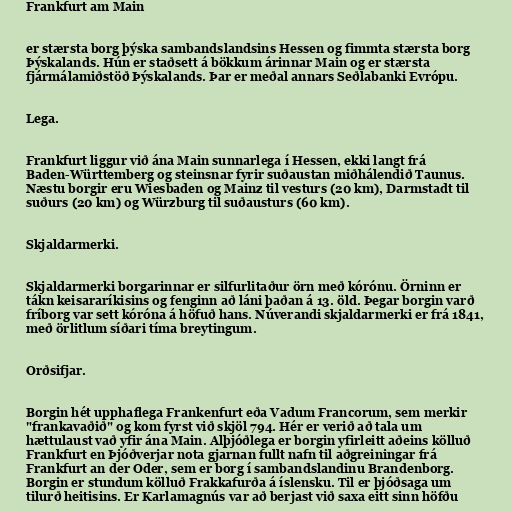
Frankfurt am Main

er stærsta borg þýska sambandslandsins Hessen og fimmta stærsta borg
Þýskalands. Hún er staðsett á bökkum árinnar Main og er stærsta
fjármálamiðstöð Þýskalands. Þar er meðal annars Seðlabanki Evrópu.

Lega.

Frankfurt liggur við ána Main sunnarlega í Hessen, ekki langt frá
Baden-Württemberg og steinsnar fyrir suðaustan miðhálendið Taunus.
Næstu borgir eru Wiesbaden og Mainz til vesturs (20 km), Darmstadt til
suðurs (20 km) og Würzburg til suðausturs (60 km).

Skjaldarmerki.

Skjaldarmerki borgarinnar er silfurlitaður örn með kórónu. Örninn er
tákn keisararíkisins og fenginn að láni þaðan á 13. öld. Þegar borgin varð
fríborg var sett kóróna á höfuð hans. Núverandi skjaldarmerki er frá 1841,
með örlitlum síðari tíma breytingum.

Orðsifjar.

Borgin hét upphaflega Frankenfurt eða Vadum Francorum, sem merkir
"frankavaðið" og kom fyrst við skjöl 794. Hér er verið að tala um
hættulaust vað yfir ána Main. Alþjóðlega er borgin yfirleitt aðeins kölluð
Frankfurt en Þjóðverjar nota gjarnan fullt nafn til aðgreiningar frá
Frankfurt an der Oder, sem er borg í sambandslandinu Brandenborg.
Borgin er stundum kölluð Frakkafurða á íslensku. Til er þjóðsaga um
tilurð heitisins. Er Karlamagnús var að berjast við saxa eitt sinn höfðu